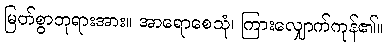
မြတ်စွာဘုရားအား။ အာရောစေသုံ၊ ကြားလျှောက်ကုန်၏။